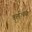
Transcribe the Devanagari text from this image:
कुलत्थिका